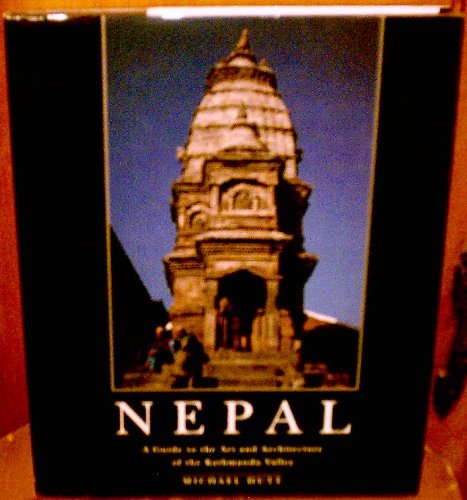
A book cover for Nepal; Michael Hutt; Travel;